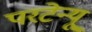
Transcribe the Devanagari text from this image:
परटेन्यू